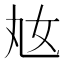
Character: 奿